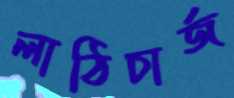
লাঠিচার্জ